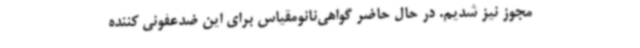
مجوز نیز شدیم. در حال حاضر گواهی‌نانومقیاس برای این ضدعفونی کننده